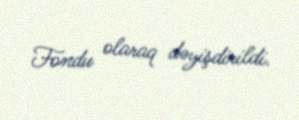
Fondu olaraq dəyişdirildi.